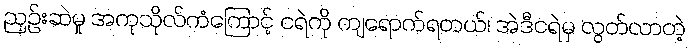
ညှဉ်းဆဲမှု အကုသိုလ်ကံကြောင့် ငရဲကို ကျရောက်ရတယ်၊ အဲဒီငရဲမှ လွတ်လာတဲ့